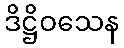
ဒိဋ္ဌိဝသေန